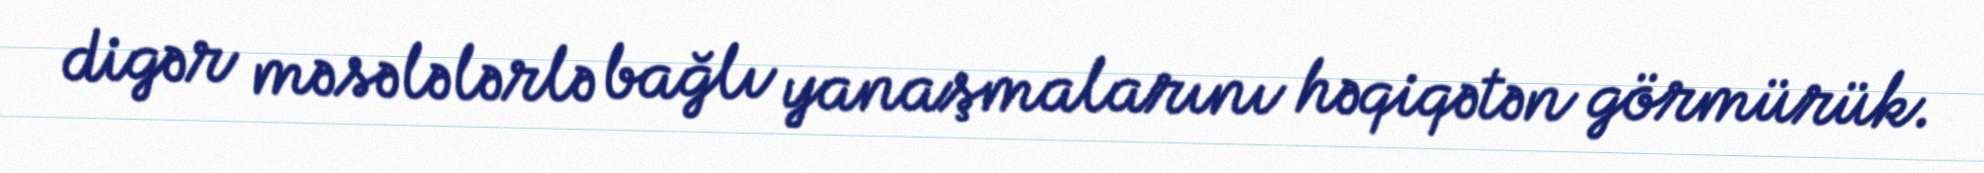
digər məsələlərlə bağlı yanaşmalarını həqiqətən görmürük.